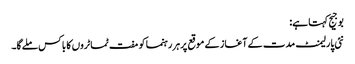
بوجیج کہتا ہے:
نئی پارلیمنٹ مدت کے آغاز کے موقع پرہر رہنما کو مفت ٹماٹروں کا باکس ملےگا۔